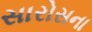
સારોસના